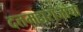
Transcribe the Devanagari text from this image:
दत्तमहाराजांचा